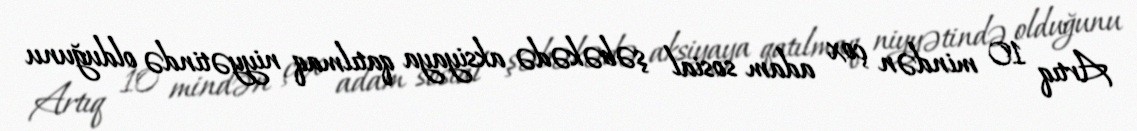
Artıq 10 mindən çox adam sosial şəbəkədə aksiyaya qatılmaq niyyətində olduğunu